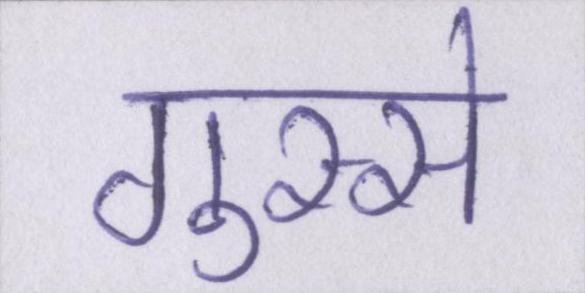
गुस्से